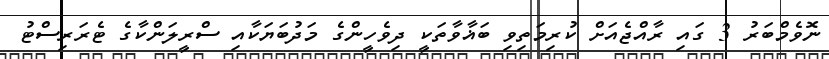
ނޮވެމްބަރު 3 ގައި ރާއްޖެއަށް ކުރިމަތިވި ބަޣާވާތަކީ ދިވެހީންގެ މަދުބަޔަކާއި ސްރީލަންކާގެ ޓެރަރިސްޓު